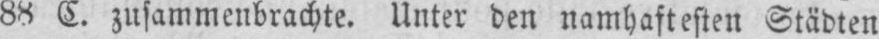
88 C. zusammenbrachte. Unter den namhaftesten Städten